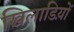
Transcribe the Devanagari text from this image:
खिलाडिय़ों